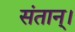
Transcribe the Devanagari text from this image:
संतान्।